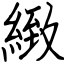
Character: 緻